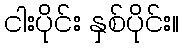
ငါးပိုင်း နှစ်ပိုင်း။